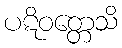
ပဋိဝတ္တေသိ